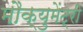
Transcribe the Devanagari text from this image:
मौक्युमेंट्री